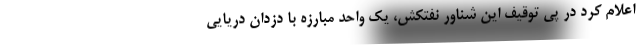
اعلام کرد در پی توقیف این شناور نفتکش، یک واحد مبارزه با دزدان دریایی